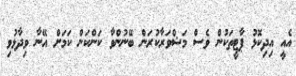
އެއީ އިދިކޮޅު ޕާޓީތަކުން ވެސް މަޝްވަރާކުރަން ބޭނުންވާ ކަންކަން ކަމަށް އޭނާ ވިދާޅުވި